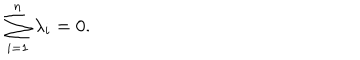
\sum _ { i = 1 } ^ { n } \lambda _ { i } = 0 .